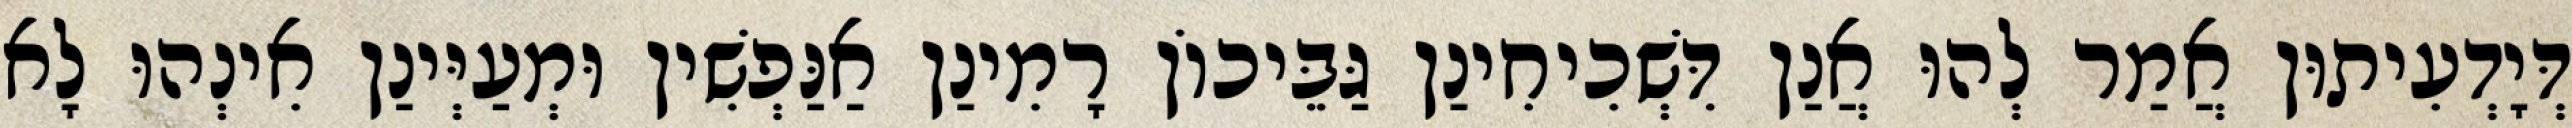
דְּיָדְעִיתוּן אֲמַר לְהוּ אֲנַן דִּשְׁכִיחִינַן גַּבֵּיכוֹן רָמִינַן אַנַּפְשִׁין וּמְעַיְּינַן אִינְהוּ לָא